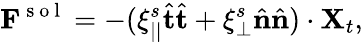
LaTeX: \mathbf{F}^{\mathrm{~s~o~l~}}=-(\xi_{||}^{s}\hat{{\mathbf{t}}}\hat{{\mathbf{t}}}+\xi_{\perp}^{s}\hat{{\mathbf{n}}}\hat{{\mathbf{n}}})\cdot{\mathbf{X}}_{t},